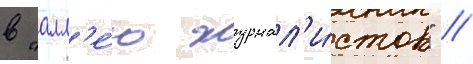
в "алл'е́ю журнал'и́стов" //